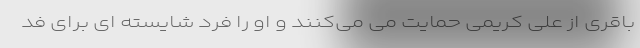
باقری از علی کریمی حمایت می می‌کنند و او را فرد شایسته ای برای فد